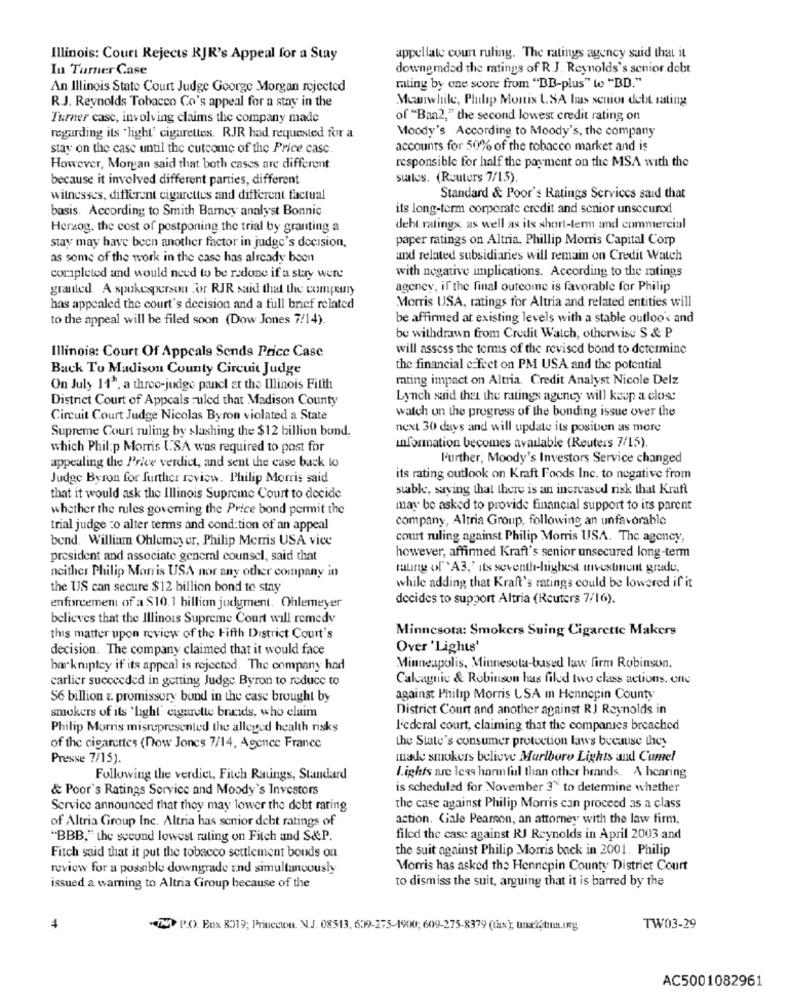
Illinois: Court Rejects RJR's Appeal for a Stay
appellate court ruling. The ratings agency said that it
In Turner Case
downgraded the ratings of R.J. Reynolds's senior debt
An Illinois State Court Judge George Morgan rejected
maling by one score from "BB-plus" to "BD."
R.J. Reynolds Tobacco Co's appeal for a stay in the
Meanwhile, Philip Montis USA has senior debt rating
Turner casc, involving claims the company made
of "Baa2," the second lowest credit rating on
Moody's According to Moody's, the company
regarding its 'light' cigarettes. RJR had requested for a
stay on the case until the cutcome of the Price casc.
accounts for 50% of the tobacco market and is
responsible for half the payment on the MSA with the
However, Morgan said that both cases are different
because it involved different parties, different
suales. (Reuters 7/1.5).
witnesses, different cigarettes and different factual
Standard & Poor's Ratings Services said that
basis. According to Smith Barney analyst Bonnic
its long-term corporate credit and senior unsecured
Herzog, the cost of postponing the trial by granting a
debt ratings, as well as its short-term and commercial
paper ratings on Altria, Phillip Morris Capital Corp
stay may have been another factor in judge's decision,
as some of the work in the case has already been
and related subsidiaries will remain on Credit Watch
with negative implications. According to the ratings
completed and would need to be redone if a stay were
granted. A spokesperson for RJR said that the company
agency, if the final outcome is favorable for Philip
has appealed the court's decision and a full brief related
Morris USA, ratings for Altria and related entities will
to the appeal will be filed soon (Dow Jones 7/14).
be affirmed at existing levels with a stable outlook and
be withdrawn from Credit Watch, otherwise S & P
Illinois: Court Of Appeals Sends Price Case
will assess the terms of the revised bond to determine
Back To Madison County Circuit Judge
the financial effect on PM USA and the potential
mting impact on Altria. Credit Analyst Nicole Delz
On July 11", a three-judge panel at the Illinois Fitth
District Court of Appeals ruled that Madison County
Lynch said that the ratings agency will keep a close
watch on the progress of the bonding issue over the
Circuit Court Judge Nicolas Byron violated a State
Supreme Court ruling by slashing the $12 billion bond.
next 30 days and will update its position as more
which Phil:p Morris USA was required to post for
information becomes available (Reuters 7/15).
l'urther, Moody's Investors Service changed
appealing the Price verdict, and sent the case back to
Judge Byron for further review. Philip Morris said
its rating outlook on Kraft Foods Inc. to negative from
stable, saying that there is an increased risk that Kraft
that it would ask the Illinois Supreme Court to decide
whether the rules governing the Price bond permit the
may be asked to provide financial support to its parent
company, Altria Group, following an unfavorable
trial judge to alter terms and cond tion of an appeal
bend. William Ohlemeyer, Philip Morris USA vice
court ruling against Philip Morris USA. The agency,
president and associate general counsel, said that
however, affirmed Kraft's senior unsecured long-term
making off 'A3,' its seventh-highest wivestient grade.
neither Philip Morris USA nor any other company in
the US can secure $12 billion bond to stay
while adding that Kraft's ratings could be lowered if it
decides to support Altria (Reuters 7/16).
enforcement of a $10.1 billion judgment. Ohlemeyer
believes that the Illinois Supreme Court will remedy
Minnesota: Smokers Suing Cigarette Makers
this matter upon review of the Fifth District Court's
decision. The company claimed that it would face
Over 'Lights'
bakruptcy if its appeal is rejected. The company had
Minneapolis, Minnesota-based law firm Robinson.
carlier succeeded in getting Judge Byron to reduce to
Calcagnic & Robinson has filed two class actions. one
S6 billion z. promissory bund in the case brought by
against Philip Morris LSA m Hennepin County
smokers of its 'light' cigarette brands, who claim
District Court and another against RJ Reynolds in
Philip Morris misrepresented the alleged health risks
l'ederal court, claiming that the companies breached
the State's consumer protection laws because they
of the cigarettes (Dow Jones 7/14, Agence France
Presse 7/15).
made smokers believe Marlboro Lights and Cumel
Following the verdict, Fitch Ratings, Standard
lights are less harm ful than other brands. A hearing
& Poor's Ratings Service and Moody's Investors
is scheduled for November 3" to determine whether
Service announced that they may lower the debt rating
the case against Philip Morris can proceed as a class
of Altria Group Inc. Altria has senior debt ratings of
action. Ciale Pearson, an attorney with the law firm,
"BBB," the second lowest rating on Fitch and S&P.
filed the case against RJ Reynolds in April 2003 and
the suit against Philip Morris back in 2001. Philip
Fitch said that it put the tobacco settlement bouds on
review for a possible downgrade and simultaneously
Morris has asked the Hennepin County District Court
to dismiss the suit, arguing that it is barred by the
issued a warning to Altria Group because of the
4
N P.O. Box 8519; Princeton. N.J. 08513, 639-275-1900; 609-275-8379 (tax), unafåtina.org
TW03-29
AC5001082961